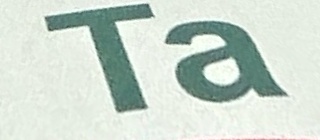
Ta